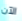
الآن